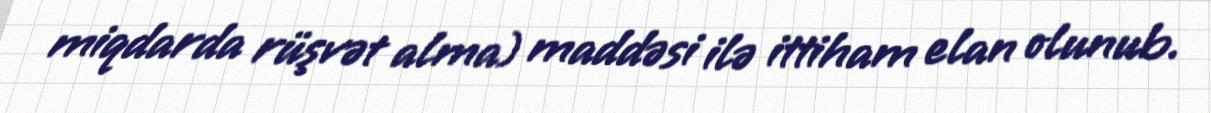
miqdarda rüşvət alma) maddəsi ilə ittiham elan olunub.